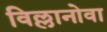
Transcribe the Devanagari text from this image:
विल्लानोवा